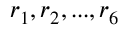
r _ { 1 } , r _ { 2 } , . . . , r _ { 6 }